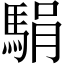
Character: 駽